Annual report on the working of the lock hospitals in the North-Western Provinces and Oudh
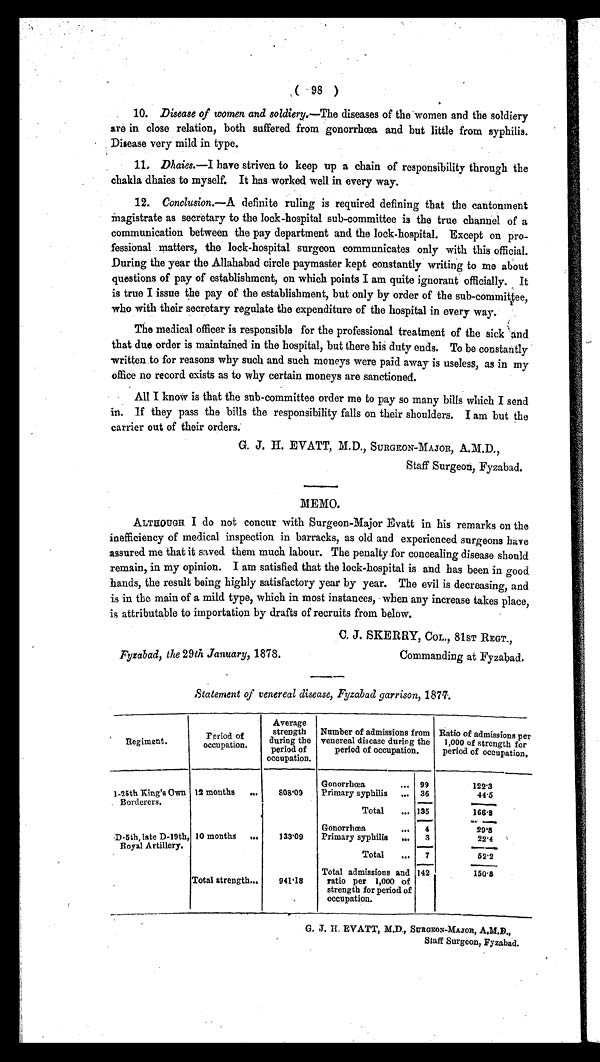
( 98 )
10. Disease of women and soldiery.— The diseases of the women and the soldiery
are in close relation, both suffered from gonorrhœa and but little from syphilis.
Disease very mild in type.
11. Dhaies.—I have striven to keep up a chain of responsibility through the
chakla dhaies to myself. It has worked well in every way.
12. Conclusion.—A definite ruling is required defining that the cantonment
m a g i s t r a t e a s s e c r e t a r y t o t h e l o c k - h o s p i t a l s u b - c o m m i t t e e i s t h e t r u e c h a n n e l o f a
communication between the pay department and the lock-hospital. Except on pro-
fessional matters, the lock-hospital surgeon communicates only with this official.
During the year the Allahabad circle paymaster kept constantly writing to me about
questions of pay of establishment, on which points I am quite ignorant officially. It
is true I issue the pay of the establishment, but only by order of the sub-committee,
who with their secretary regulate the expenditure of the hospital in every way.
The medical officer is responsible for the professional treatment of the sick and
that due order is maintained in the hospital, but there his duty ends. To be constantly
written to for reasons why such and such moneys were paid away is useless, as in my
office no record exists as to why certain moneys are sanctioned.
All I know is that the sub-committee order me to pay so many bills which I send
in. If they pass the bills the responsibility falls on their shoulders. I am but the
carrier out of their orders.
G. J. H. EVATT, M.D., SURGEON-MATOR, A.M.D.,
Staff Surgeon, Fyzabad.
MEMO.
ALTHOUGH I do not concur with Surgeon-Major Evatt in his remarks on the
inefficiency of medical inspection in barracks, as old and experienced surgeons have
assured me that it saved them much labour. The penalty for concealing disease should
remain, in my opinion. I am satisfied that the lock-hospital is and has been in good
hands, the result being highly satisfactory year by year. The evil is decreasing, and
is in the main of a mild type, which in most instances, when any increase takes place,
is attributable to importation by drafts of recruits from below.
C. J. SKERRY, COL., 81ST REGT.,
Fyzabad, the 29th January, 1878.
Commanding at Fyzabad.
Statement of venereal disease, Fyzabad garrison, 1877.
Regiment.
Period of
occupation.
Average
strength
during the
period of
occupation.
Number of admissions from
venereal disease during the
period of occupation.
Ratio of admissions per
1,000 of strength for
period of occupation.
Gonorrhœa
... 99
122.3
1-25th King's Own
Borderers.
12 mouths ...
808.09 Primary syphilis ... 36
44.5
Total ... 135
166.8
Gonorrhœa
... 4
29.8
D-5th, late D-19th,
Royal Artillery.
10 months ...
133.09 Primary syphilis ... 3
22.4
Total ... 7
52.2
Total strength...
941.18
Total admissions and
ratio per 1,000 of
strength for period of
occupation.
142
150.8
G. J. H. EVATT, M.D., SURGEON-MAJOR, A.M.D.,
Staff Surgeon, Fyzabad.